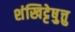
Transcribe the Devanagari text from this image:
शंखिट्टेषु़त्तु